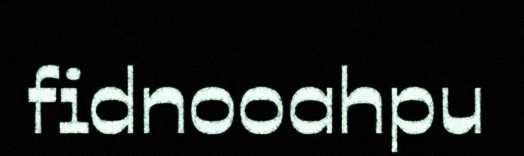
fidnooahpu